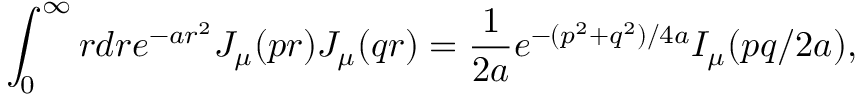
\int _ { 0 } ^ { \infty } { r d r } e ^ { - a r ^ { 2 } } J _ { \mu } ( p r ) J _ { \mu } ( q r ) = { \frac { 1 } { 2 a } } e ^ { - ( p ^ { 2 } + q ^ { 2 } ) / 4 a } I _ { \mu } ( p q / 2 a ) ,